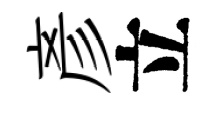
彥立